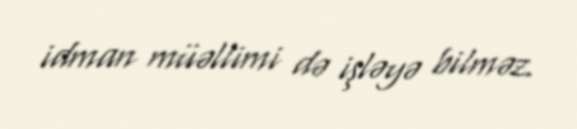
idman müəllimi də işləyə bilməz.